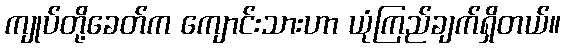
ကျုပ်တို့ခေတ်က ကျောင်းသားဟာ ယုံကြည်ချက်ရှိတယ်။